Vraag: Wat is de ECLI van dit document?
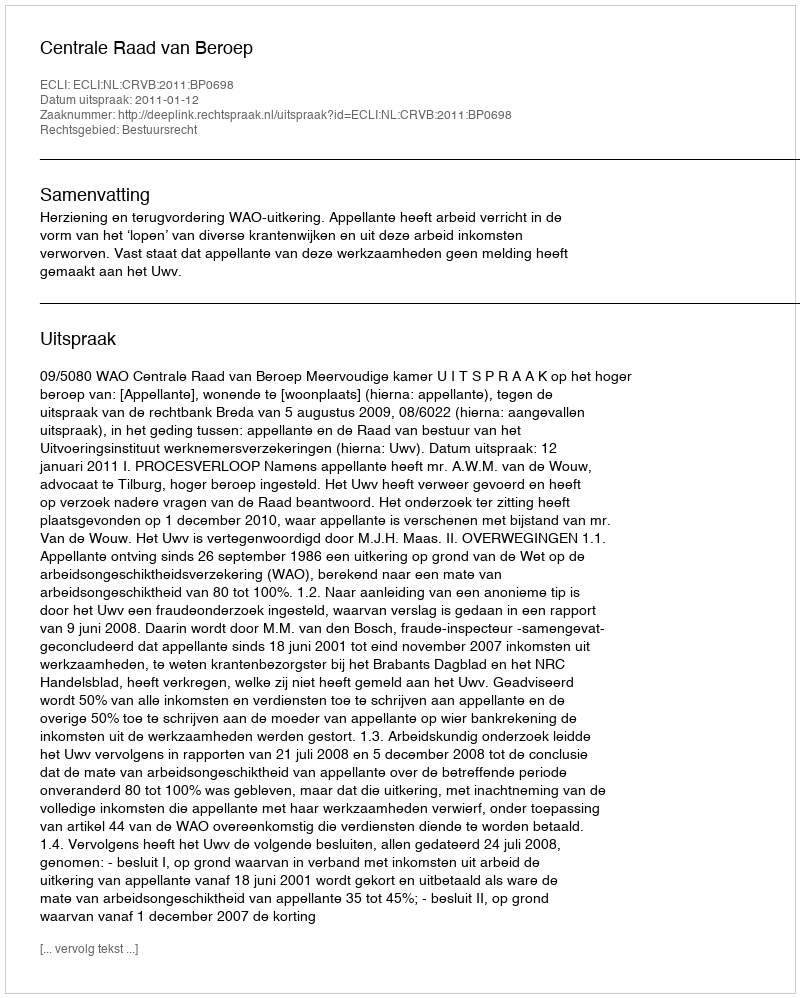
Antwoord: ECLI:NL:CRVB:2011:BP0698